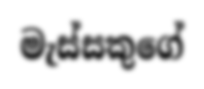
මැස්සකුගේ